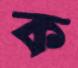
ক